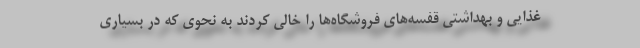
غذایی و بهداشتی قفسه‌های فروشگاه‌ها را خالی کردند به نحوی که در بسیاری